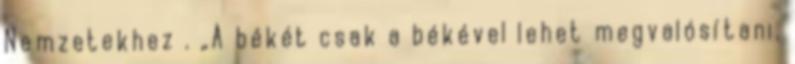
Nemzetekhez . „A békét csak a békével lehet megvalósítani,